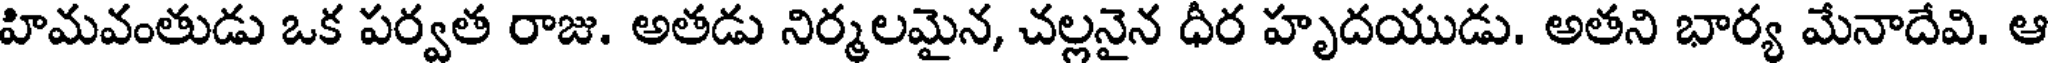
హిమవంతుడు ఒక పర్వత రాజు. అతడు నిర్మలమైన, చల్లనైన ధీర హృదయుడు. అతని భార్య మేనాదేవి. ఆ